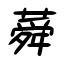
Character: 蕣